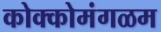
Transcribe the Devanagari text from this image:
कोक्कोमंगळम